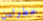
خطوتين